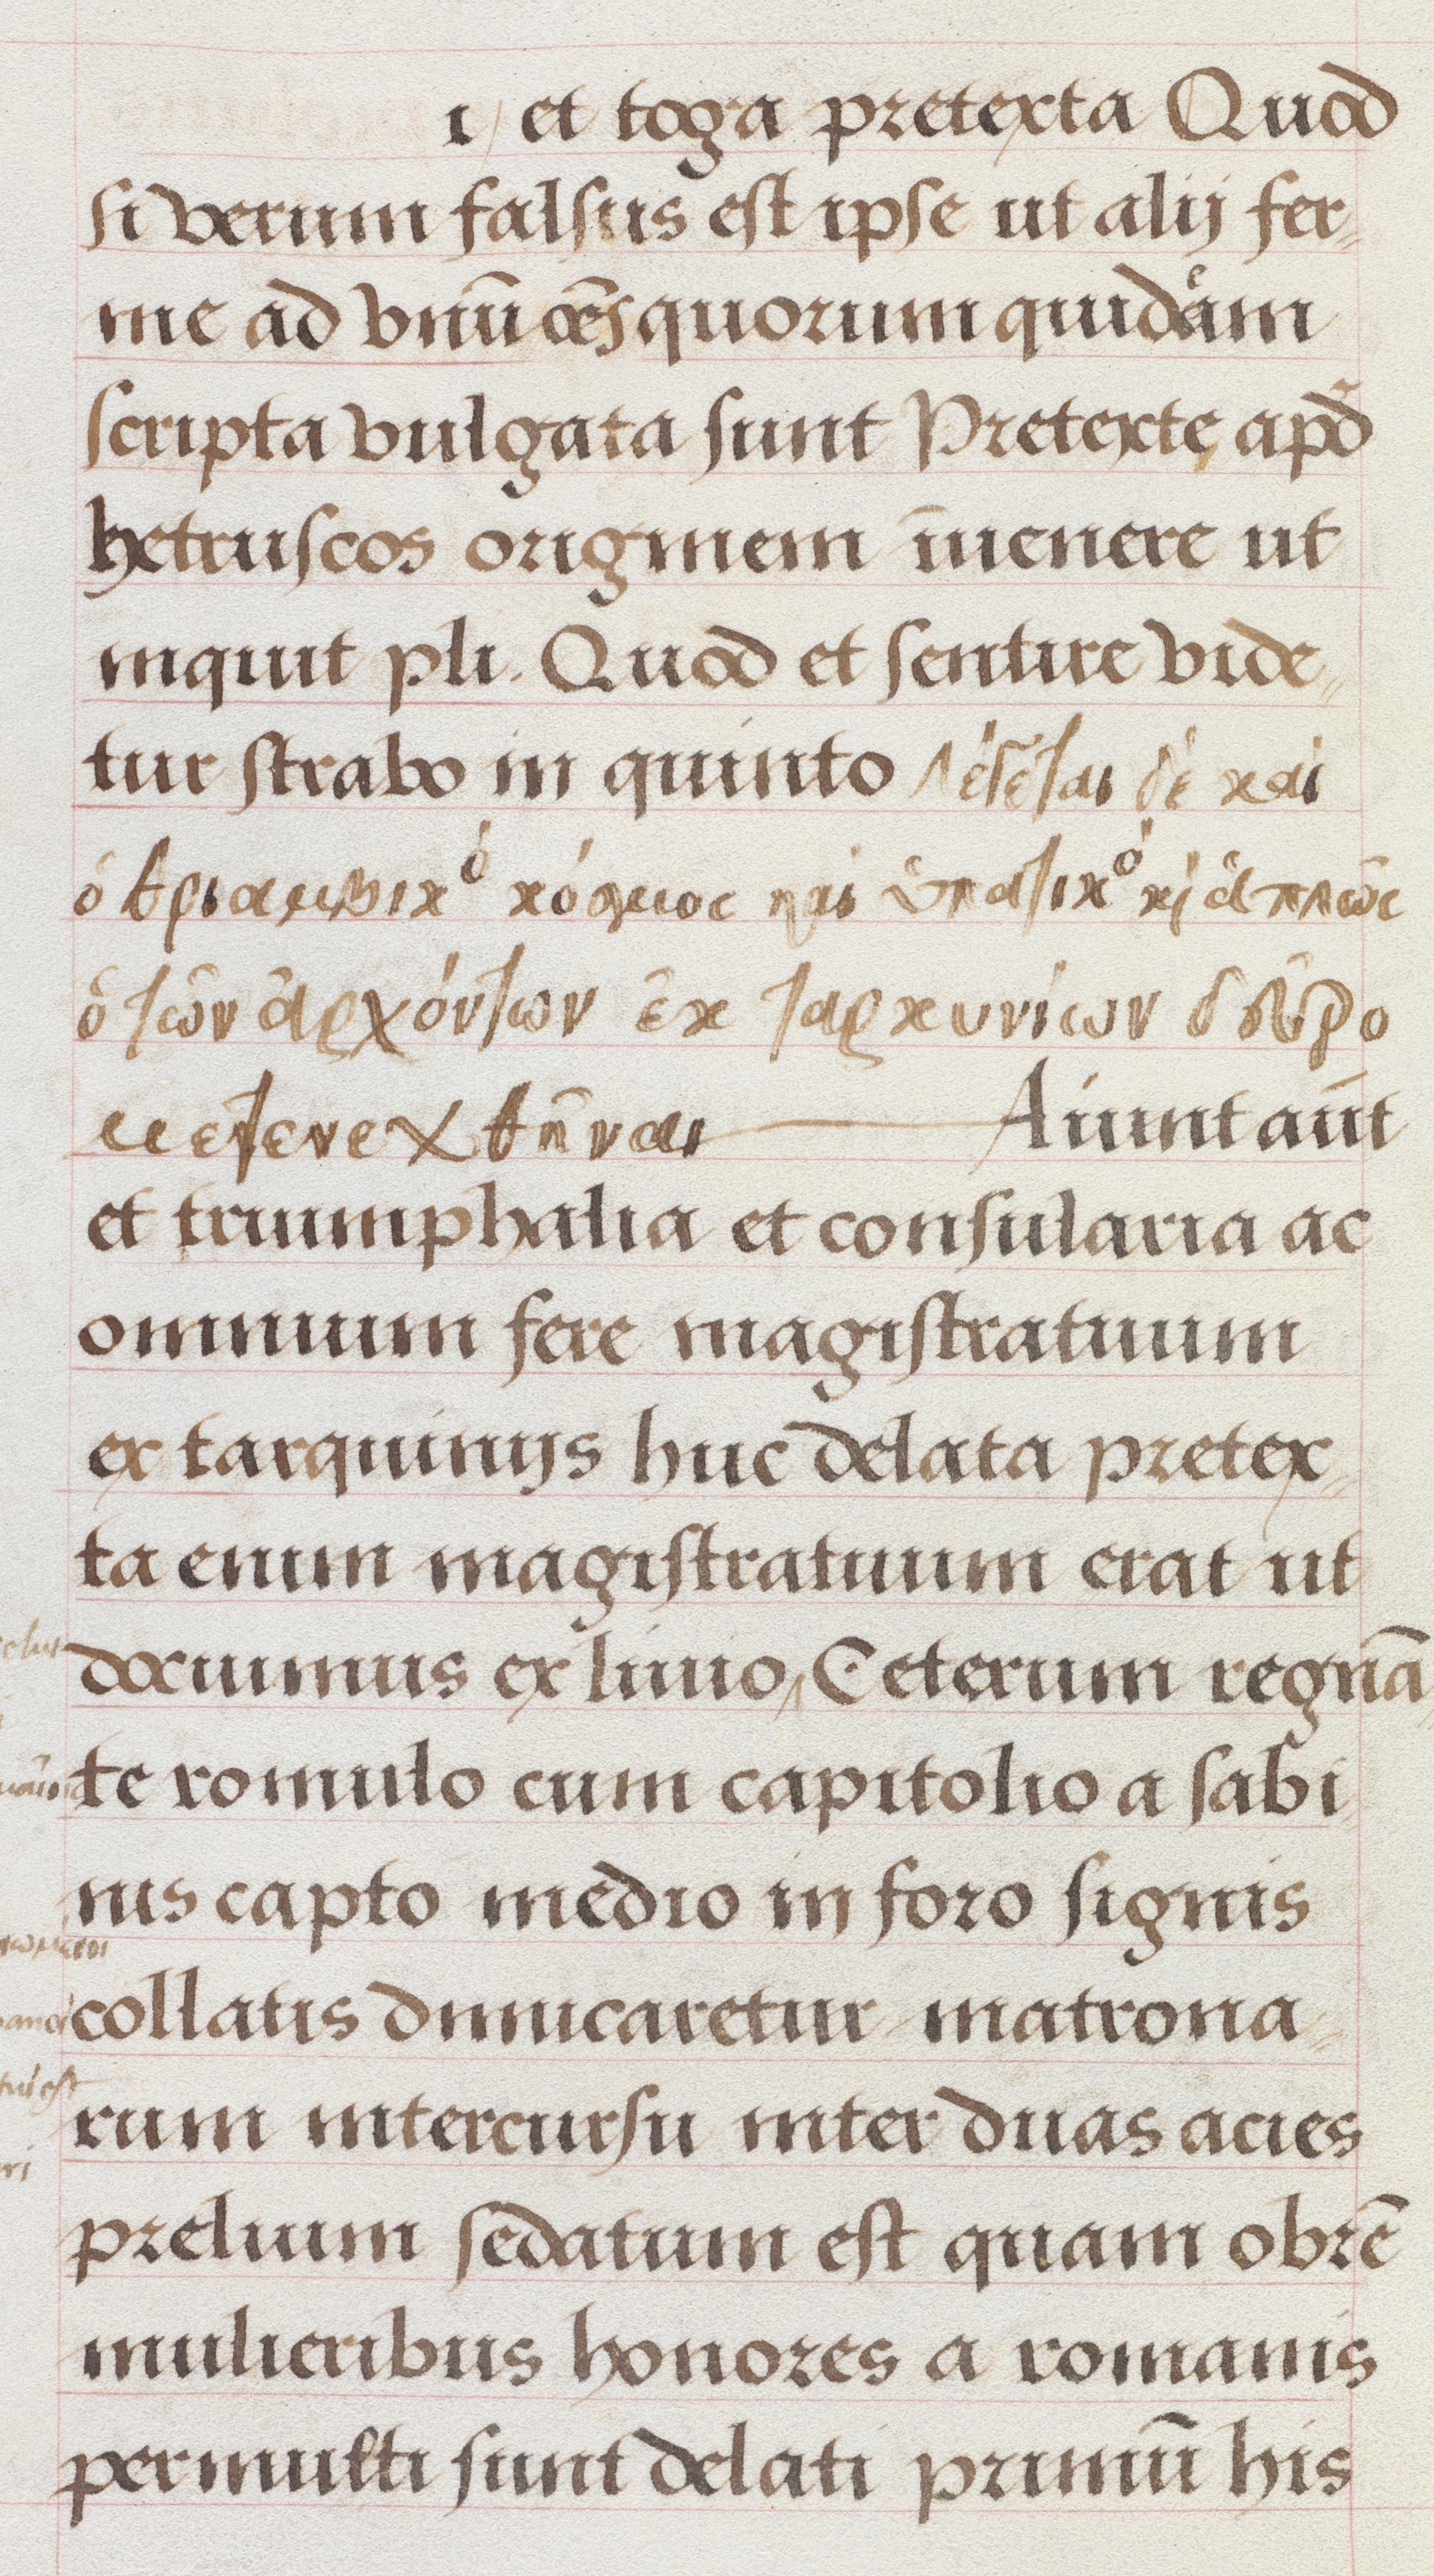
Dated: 1500–1549